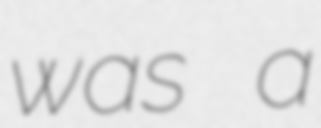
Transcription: was a